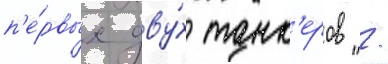
п'е́рвых дву́х танк'еров /